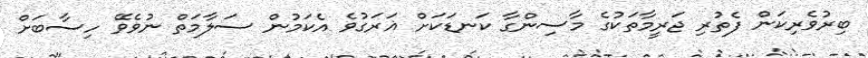
ބިރުވެރިކަން ފެތުރި ޖަރީމާތަކުގެ މާސިންގާ ކަނޑަކަށް ޣަރަގުވެ އެކަމުން ސަލާމަތް ނުވެވޭ ހިސާބަށް